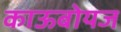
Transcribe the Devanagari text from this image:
काऊबोयज